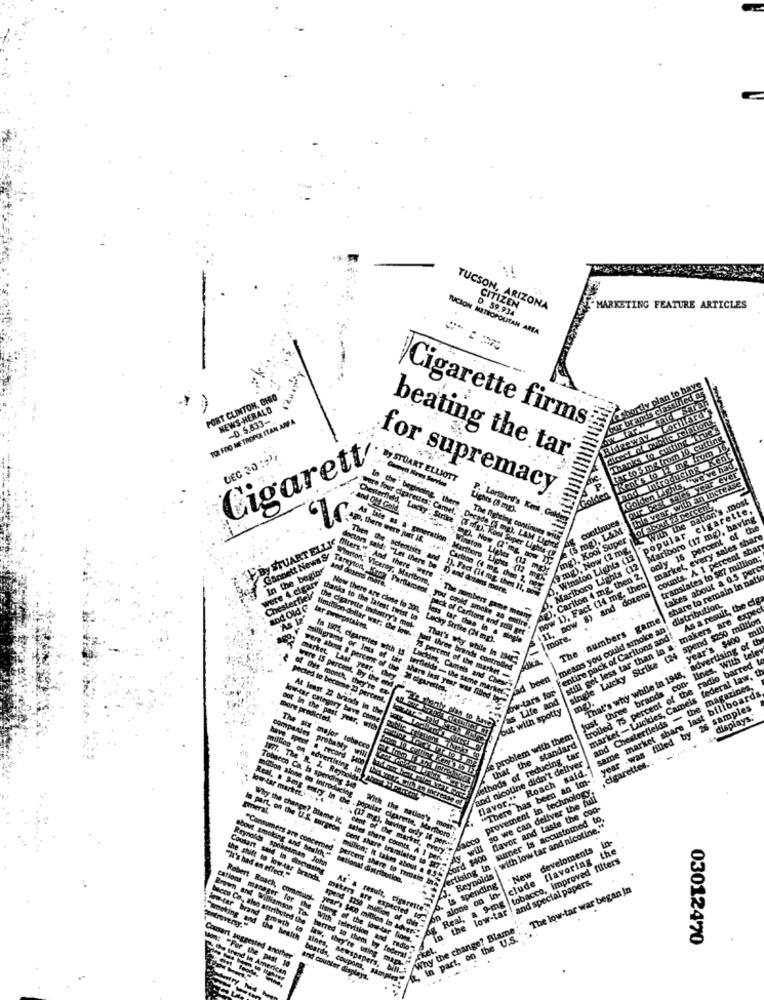
TUCSON, ARIZONA
D. 59.934
CITIZEN
MARKETING FEATURE ARTICLES
IVCION METROPOLITAN AREA
PORT CLINTON, OHIO
NEWS-HERALD
TOL FDO METROPOLITAN AREA
-0.5.833-
Cigarette firms
cutting
rom 16
Cigarett
UEC 30 :97
beating the tar
Kent
By STUART ELLIOTT
Golden Lights"
ourbest sales year ever
this vear, with an increase
Introdus
for supremacy
Goldes
5 With the nation's .most
Chesterfield, Laky
the' beginning there
Lights (8 mg).
re four cigarettes: Camel,
P. Lorillard's Kent Gold
ig continues
Mariboro (17 mg), having
cigar
(5 mg), LAM-
With th
y 18 percent of
By STUART ELLIC
ago, there were just IK.
The fighting continues wit
mg), Kool Super
popular
ky: Strike (Tmg), Kool Super Lights
Decade ( mg), LAM LIch
9mg), Now (2 mg.
Cannett News S
Then the scientists . and
. Winston Lights (12
market, every
counts. A.1 per
In the begin
doctors said: "Let there be
Winston LiaMes (13 m
ag), Cariton 4 mg, then 2,
Marlboro Lights (12
translates to $87 n
takes about a 0.5 perc
were 4.cigar
Winston," Viceroy, Marlboro,
filters." - And there were
As lite as a generation: Maribore Liches (12 mpx
now 1), Fact (14 mg, thea)
share to remain in nats
Chesterfield
and dexers mora.
Tareyion, Koty Parliament
.+ Carlton (1 mg. then 2, ng
1) and dozens more.
1). Fact (If mg. the 11, 6]]
11, now 8) and dozens
'means you could smoke an: distribution.
As a result, the cig
and Old G
Now there are close to 200.
still get less tar than in a: makers are exp
"As We'
thanks to the latest twist to
The numbers gane menny
The numbers game
single Lucky Strike (24 spend $250 million
tar sweepstakes.
limillion dollar war; Che low-
the cigarette industry's muk
pack of Cartions and soll ger"
you could smoke an entire.
Lucky Strike (2 mg).
less tar than in a single
more.
entire pack of Caritons and
year's $400
advertising of th
In 1505, cigarettes with ts
lines. With tele
milligrams or loss of tar.
That's why while - 8
trolled 75 percent of the radio barred
radio barred
Just three brands controlled
That's why while in 1948,
market - Luckies, Cameis federal law, th
market, Last year, they
25 percent of the market-
Just three brands con-
Were IS percent. By the end
were about 8 percent of the Melgarettes:
wennelds - the same merker " La
Lucides, Camels and Chese-
ow-tars for
and Chesterfields - the magazines,
same market share last billboards
pected to become 23 percent.
fas Life and
mo).
At least 22 brands in the
out with spotty
year .was filled by 26 samples
more predicted.
bw-tar category have come
displays."
out In the' past year, wich
de problem with them
The six major tobecco
Methods of reducing tar
that the standard
have spent .@ record soon
companies probably will
and nicotine didn't deliver
, cigarettes ..
flavor." Roach said.
1977. The R. J. Reynolds
"There has been an im-
Tobacco Ca. Is spending 140
million on advertising numark
provement In technology.
so we can deliver the full
Smeral
ow -tar market ...
Davor and taste the con-
Why the change? Blame it,
sumer is accustomed to,
with low tar and nicotine."
Real, . Song entry in che . popular cigarette, Mariboro!
Sacco
(17 mg), having only If pertes
"New develoments
clude flavoring the
Reynolds spokesman John
about smoking and health "
sales share counts. A I per. .
Real, a 9-ing tobacco, improved filters
Cousart seld in discusing
la part, on the U.S. surgeon cent share translates to $7.
Vertising In
"He's had an effect."
the shift to low-tar brands,
ationaf distribution.
million; It takes about . . 5-5
.J. Reynolds
6. Is spending
and special papers.
"Consumers are concerned percent share to remain bon
n alone on in-
The low-tar war began In
Robert Roach, comman-
Brown and Williamson Ta
As' a result, cigarette"
in the low-tar!
bacco Co ., also attributed the
makers are expected to
metar brand growth
year's Saco million In adver .* 68
Why the change? Blame
naking and the health
g of the lowder Sion.
In part, on the U.S.
03012470
barred so them by federi! "e
"For the pest
suggested another
tines, newspapers, bin.
and counter displays.
boards, coupons, samples"